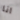
انا